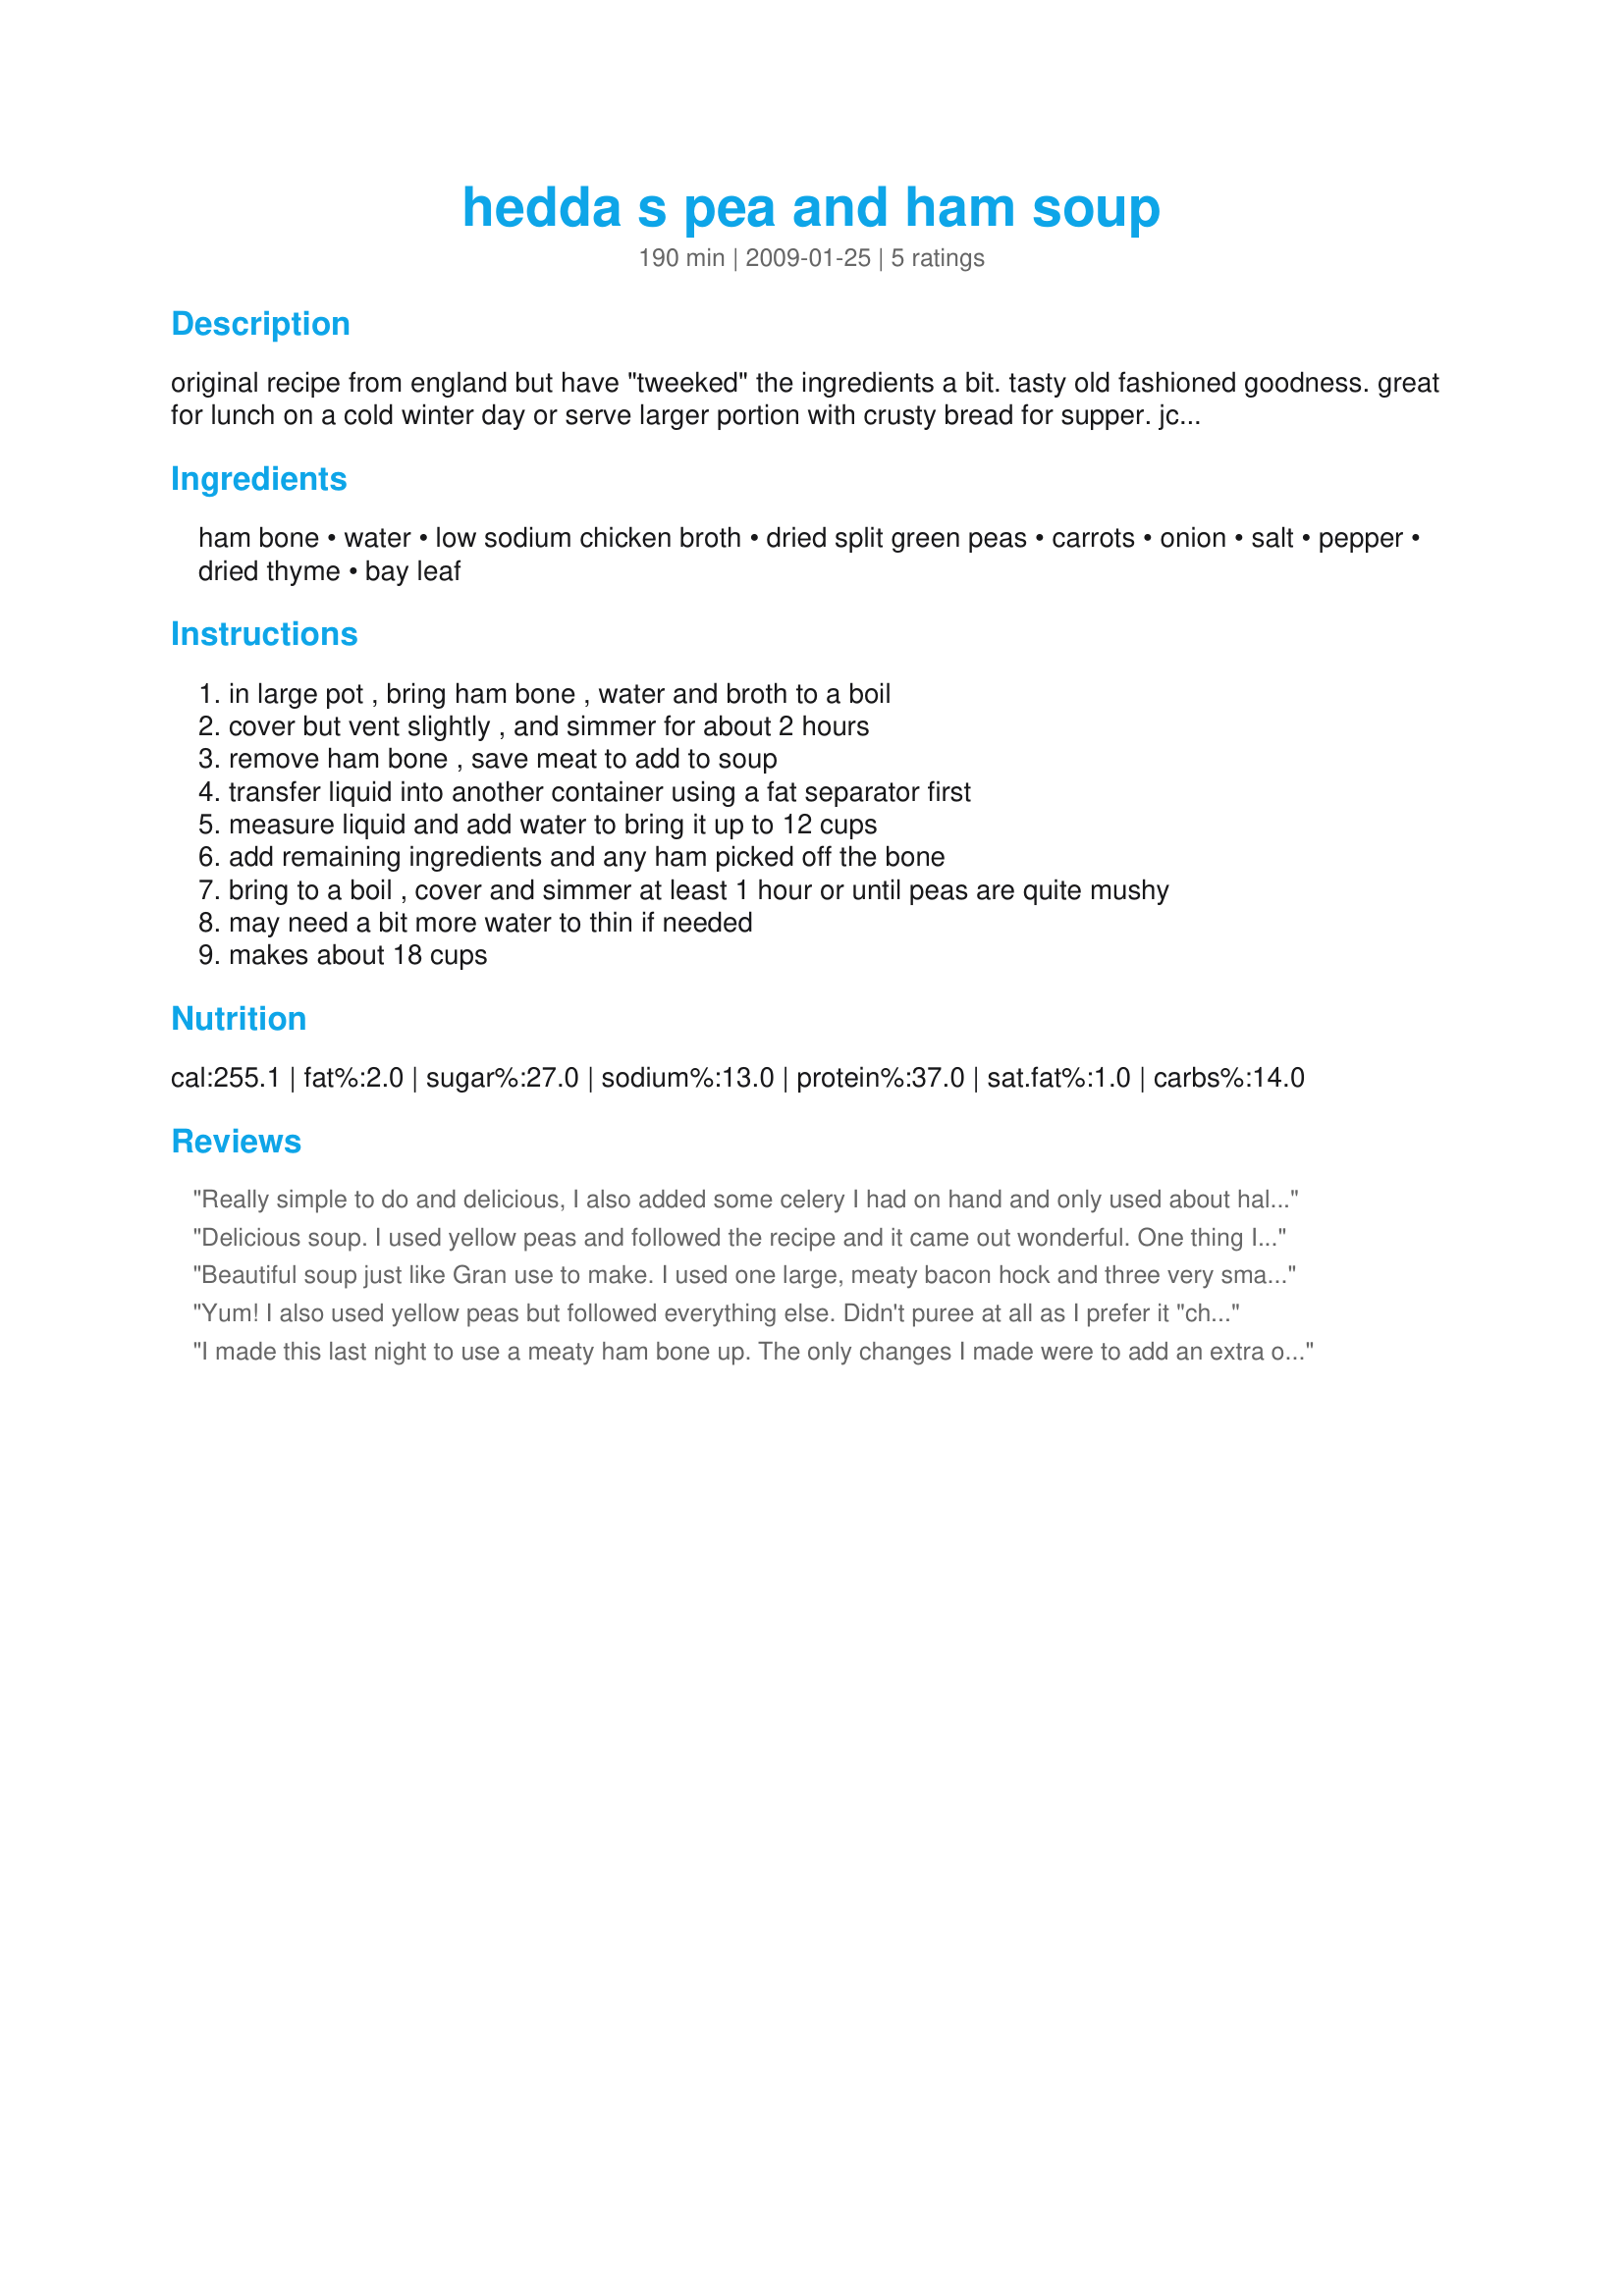
hedda s pea and ham soup
Preparation time: 190 minutes

original recipe from england but have "tweeked" the ingredients a bit. tasty old fashioned goodness. great for lunch on a cold winter day or serve larger portion with crusty bread for supper. jc says it is stick to your ribs good! it is essential to use good quality split peas. this soup freezes very well.

Ingredients:
ham bone, water, low sodium chicken broth, dried split green peas, carrots, onion, salt, pepper, dried thyme, bay leaf

Steps:
in large pot , bring ham bone , water and broth to a boil, cover but vent slightly , and simmer for about 2 hours, remove ham bone , save meat to add to soup, transfer liquid into another container using a fat separator first, measure liquid and add water to bring it up to 12 cups, add remaining ingredients and any ham picked off the bone, bring to a boil , cover and simmer at least 1 hour or until peas are quite mushy, may need a bit more water to thin if needed, makes about 18 cups

Reviews:
Really simple to do and delicious, I also added some celery I had on hand and only used about half the amount of dried peas which was still plenty. This was a hit with the whole family. Thanks for posting!
Delicious soup. I used yellow peas and followed the recipe and it came out wonderful. One thing I can always count on DH loving is pea soup and he gave this one a 5 fingers up. Very simple and perfect for cool weather. Made for PAC, Spring 09.
Beautiful soup just like Gran use to make. I used one large, meaty bacon hock and three very small red onions. After I had simmered the hock I placed all the stock in a steel bowl and into the freezer so all the fat would surface. Instead of placing the picked meat back into the soup I served it on the side. After a huge meal we had more than 1/2 left over to freeze.
Yum! I also used yellow peas but followed everything else. Didn't puree at all as I prefer it "chunky". Lovely soup. Will make again.
I made this last night to use a meaty ham bone up. The only changes I made were to add an extra onion, and hold the boiled and picked meat back rather than adding it in in stage 4. I returned it after pureeing the cooked soup as I find it keeps more flavour this way.
